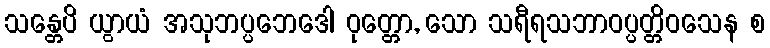
သန္တေပိ ယွာယံ အသုဘပ္ပဘေဒေါ ဝုတ္တော, သော သရီရသဘာဝပ္ပတ္တိဝသေန စ